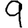
Digit: 9